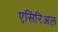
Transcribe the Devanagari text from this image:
एसिरिअल